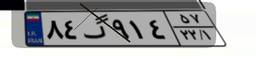
۹۵گ۷۳۳۴۵